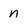
Character: N